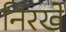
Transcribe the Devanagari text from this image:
निरखे